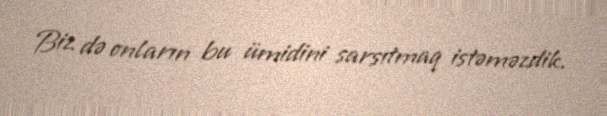
Biz də onların bu ümidini sarsıtmaq istəməzdik.